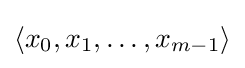
\langle x_{0},x_{1},\ldots ,x_{m-1}\rangle